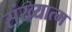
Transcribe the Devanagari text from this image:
संख्यात्म